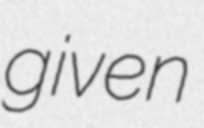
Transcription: given